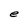
Character: e